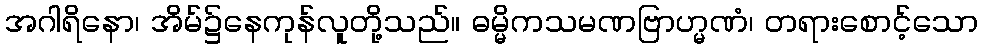
အဂါရိနော၊ အိမ်၌နေကုန်လူတို့သည်။ ဓမ္မိကသမဏဗြာဟ္မဏံ၊ တရားစောင့်သော